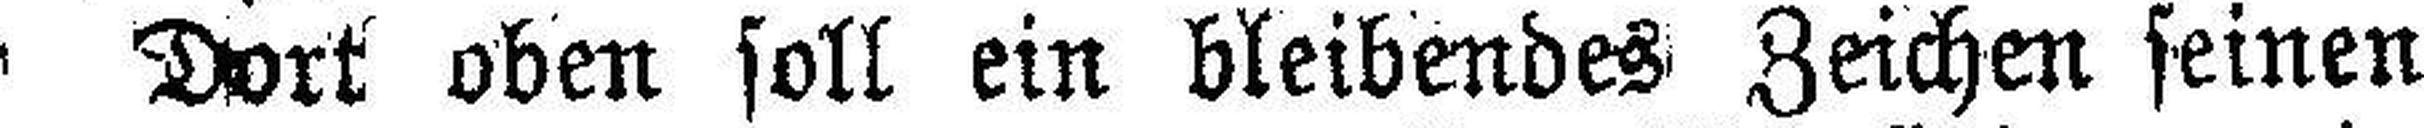
Dort oben soll ein bleibendes Zeichen seinen